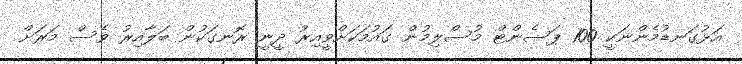
އަޅުގަނޑުމެންނަކީ 100 ޕަސެންޓް މުސްލިމުން ގައުމަކަށްވީއިރު ދީނީ ރޮނގަކުން ބަލާއިރު ވެސް މަރަށް